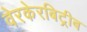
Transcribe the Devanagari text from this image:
वेरकेरबिट्रीब